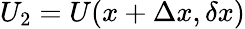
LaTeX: U_{2}=U(x+\Delta x,\delta x)